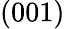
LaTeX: (001)